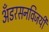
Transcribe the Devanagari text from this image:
अँडरसनविजयी